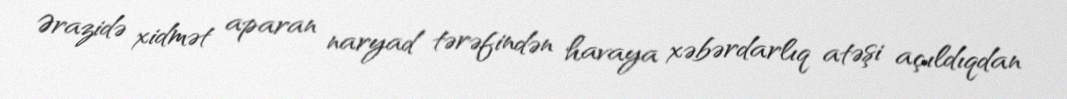
Ərazidə xidmət aparan naryad tərəfindən havaya xəbərdarlıq atəşi açıldıqdan